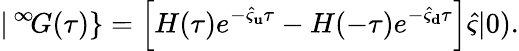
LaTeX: |\, ^{\infty}\! G(\tau)\} =\left[H(\tau)e^{-\hat{\varsigma}_{\mathbf u}\tau}-H(-\tau)e^{-\hat{\varsigma}_{\mathbf d}\tau}\right]\hat{\varsigma}|0).